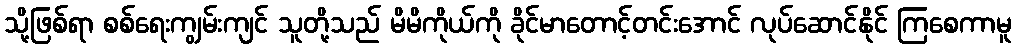
သို့ဖြစ်ရာ စစ်ရေးကျွမ်းကျင် သူတို့သည် မိမိကိုယ်ကို ခိုင်မာတောင့်တင်းအောင် လုပ်ဆောင်နိုင် ကြစေကာမူ